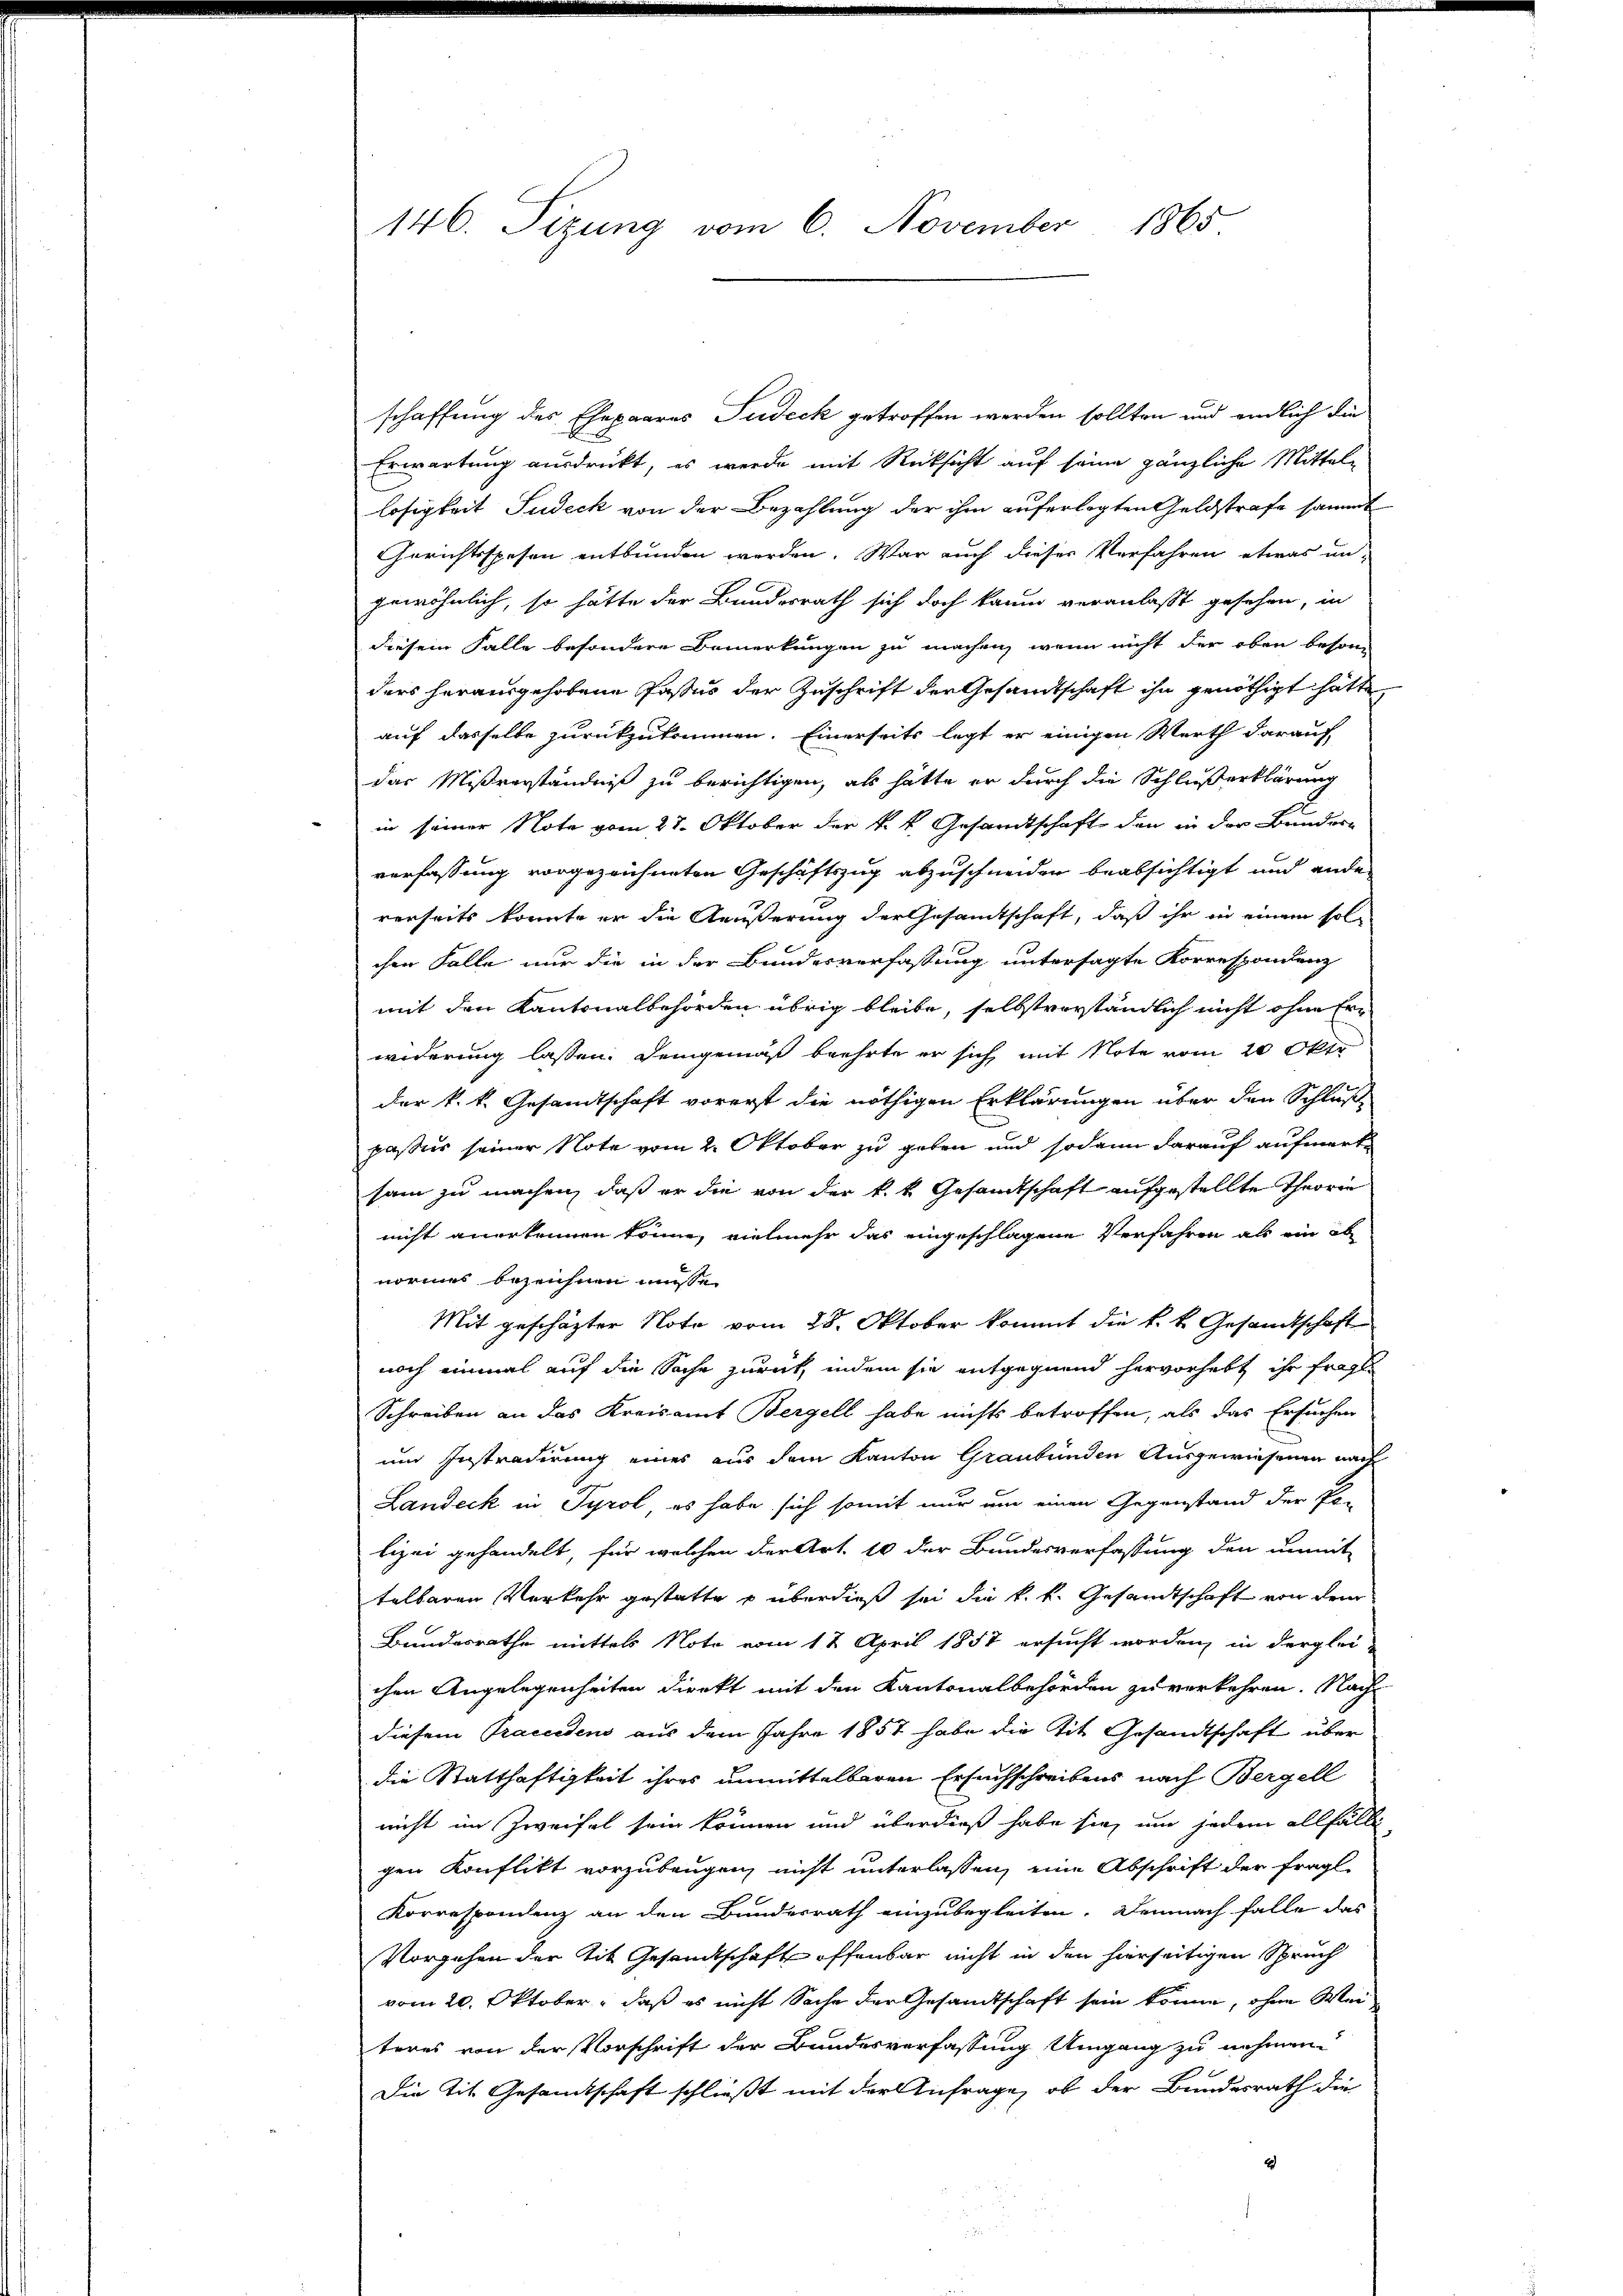
146. Sizung vom 6. November 1865

schaffung des Ehepaares Judeck getroffen werden sollten und endlich die
2
Erwartung ausdrückt, es werde mit Rücksicht auf seine gänzliche Mittellosigkeit Judeck von der Bezahlung der ihm auferlegten Geldstrafe sammt
Gerichtsspesen entbunden werden. War auch dieser Verfahren etwas un-
gewöhnlich, so hätte der Bundesrath sich doch kaum veranlaßt gesehen, in
diesem Falle besondere Bemerkungen zu machen, wenn nicht der oben besonders herausgehobene Passus der Zuschrift der Gesandtschaft ihn genöthigt hätte
auf dasselbe zurückzukommen. Einerseits legt er einigen Werth darauf
das Mißverständniß zu berichtigen, als hatte er durch die Schlusserklärung
in seiner Note vom 27. Oktober der k. k. Gesandtschaft den in der Bunder-
verfassung vorgezeichneten Geschäftszug abzuschneiden beabsichtigt und ander
rerseits konnte er die Äußerung der Gesandtschaft, daß ihr in einem solchen Falle nur die in der Bundesverfassung untersagte Korrespondenz
mit den Kantonalbehörden übrig bleibe, selbstverständlich nicht ohne Erwiderung lassen. Demgemäß beehrte er sich mit Note vom 20. Okt
der k. k. Gesandtschaft vorerst die nöthigen Erklärungen über den Schluße
passus seiner Note vom 2. Oktober zu geben und sodann darauf aufmerksam zu machen, daß er die von der k. k. Gesamtschaft aufgestellte Theorie
nicht anerkennen könne, vielmehr das eingeschlagene Verfahren als ein ob
normes bezeichnen müsse.
Mit geschäzter Note vom 25. Oktober kommt die k. k. Gesandtschaft
noch einmal auf die Sache zurück, indem sie entgegnend hervorhebt ihr fragt
Schreiben an das Kreisamt Bergell habe nichts betroffen, als das Ersuchen
um Instradirung eines aus dem Kanton Graubünden Ausgewiesenen nach
Landeck in Tyrol es habe sich somit nur um einen Gegenstand der Po-
lizei gehandelt, für welchen der Art. 10 der Bundesverfassung den unmit
telbaren Verkehr gestatte u überdieß sei die k. k. Gesandtschaft von dem
Bundesrathe mittels Note vom 12 April 1857 ersucht worden, in derglei-
chen Angelegenheiten direkt mit den Kantonalbehörden zu verkehren. Nach
diesem Praecedens aus dem Jahre 1857 habe die Tit. Gesandtschaft über
die Statthaftigkeit ihres unmittelbaren Ersuchschreibens nach Bergell
nicht im Zweifel sein können und überdieß habe sie um jedem allfälli
gen Konflikt vorzubeugen, nicht unterlassen, eine Abschrift der fragl
Korrespondenz an den Bundesrath einzubegleiten. Demnach falle das
Vorgehen der tit. Gesandtschaft offenbar nicht in den hierseitigen Spruch
vom 20. Oktober, daß es nicht Sache der Gesandtschaft sein könne, ohne Weiteres von der Vorschrift der Bundesverfassung Umgang zu nehmen
Die Tit. Gesandtschaft schließt mit der Anfrage, ob der Bundesrath die
2